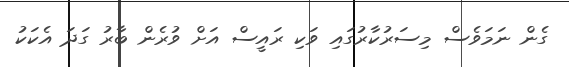
ގެން ނަމަވެސް މިސަރުކާރުގައި ވަކި ރައީސް އަށް ވުރެން ބާރު ގަދަ އެކަކު